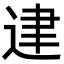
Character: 䢖